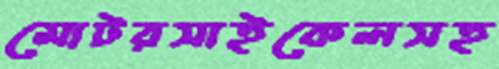
মোটরসাইকেলসহ